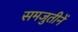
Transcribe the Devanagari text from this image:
समजुतीनें